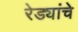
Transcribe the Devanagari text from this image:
रेड्यांचे